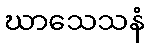
ဃာသေသနံ